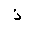
Letter: _thal